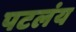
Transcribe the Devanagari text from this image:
पटलंय